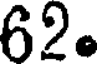
62.